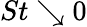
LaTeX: St\searrow 0